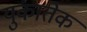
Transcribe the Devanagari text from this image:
युकातेक